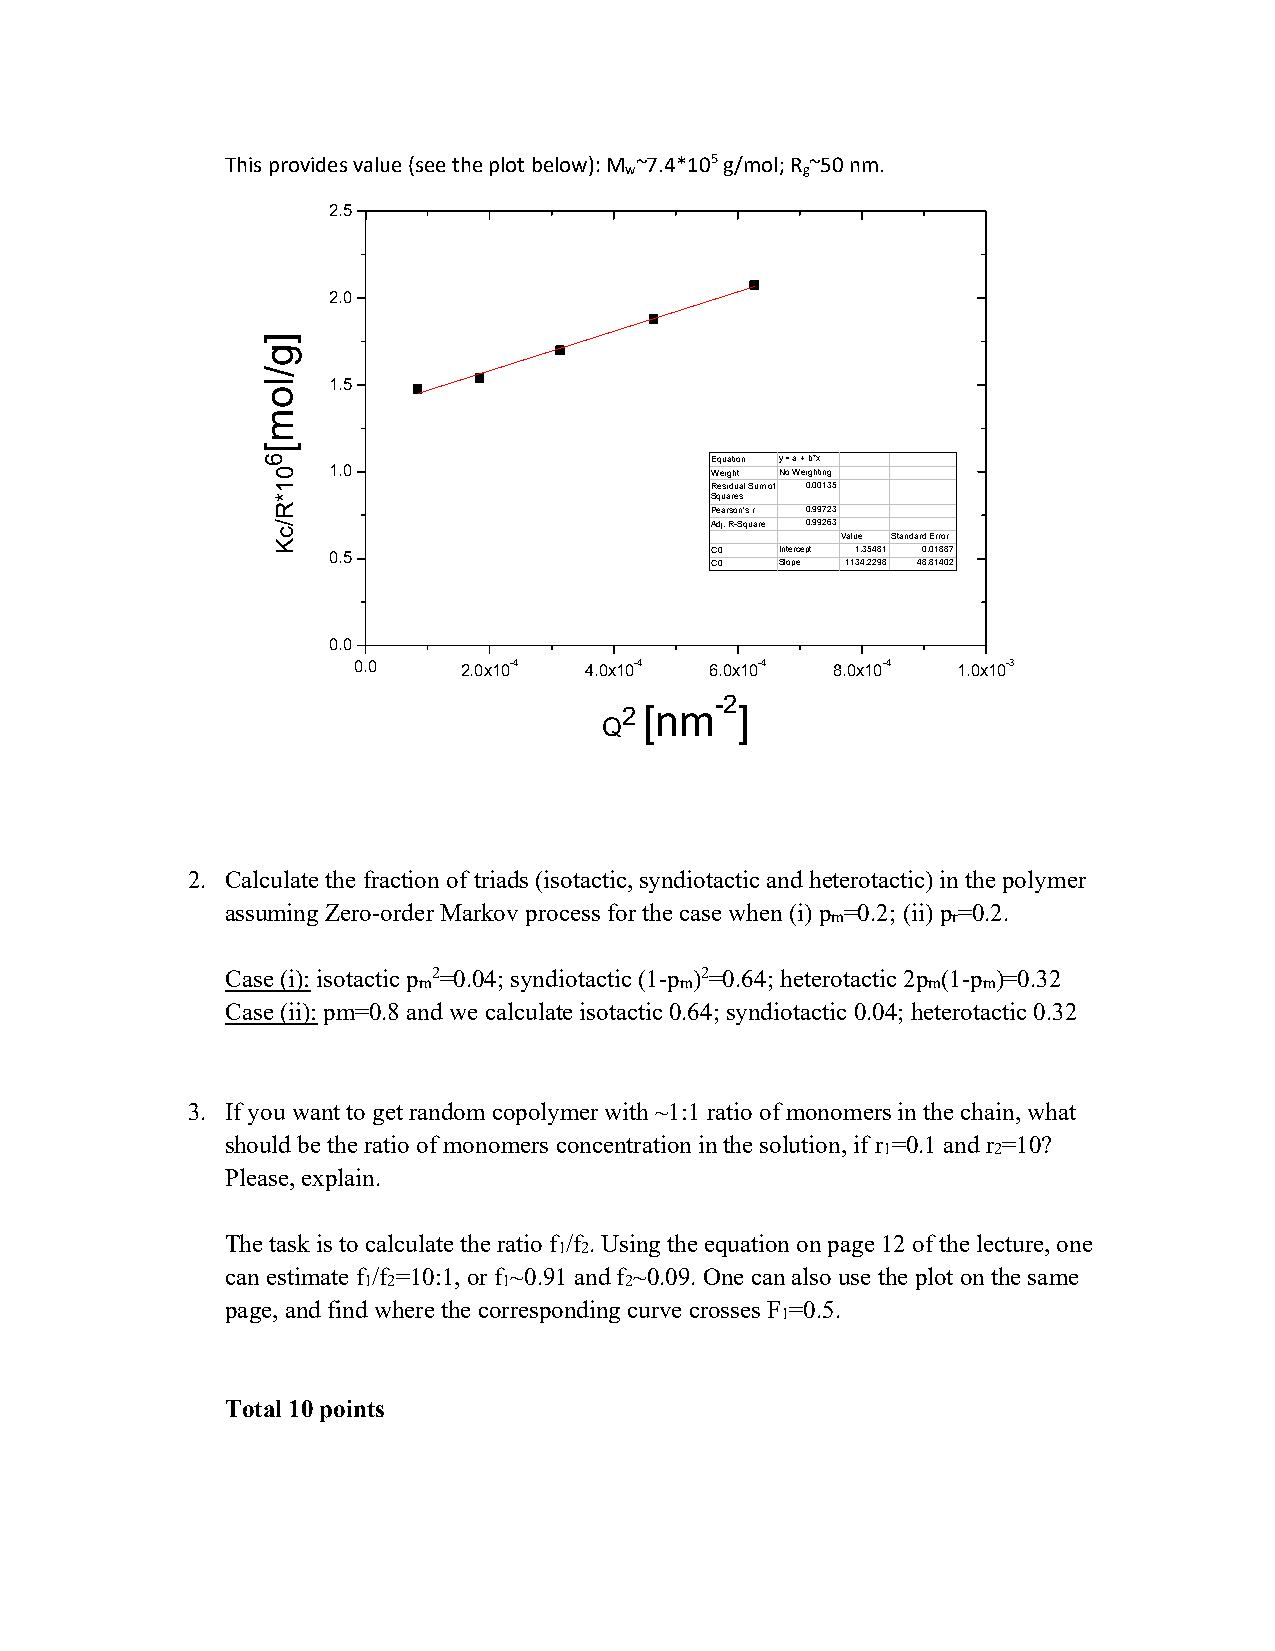
This provides value (see the plot below): M ~7.4*105 g/mol; R ~50 nm.
 w           g
 2.5
 2.0
 1.5
 Equation y = a + b*x
 1.0                      Weight No Weighting
 Residual Sum of 0.00135
 Squares
 Pearson's r 0.99723
 Adj. R-Square 0.99263
 Value Standard Error
 0.5                      C0   Intercept 1.35481 0.01887
 C0   Slope 1134.2298 48.81402
 0.0
 0.0    2.0x10-4 4.0x10-4 6.0x10-4 8.0x10-4 1.0x10-3
 -2
 2 [nm   ]
 Q
 2. Calculate the fraction of triads (isotactic, syndiotactic and heterotactic) in the polymer
 assuming Zero-order Markov process for the case when (i) p =0.2; (ii) p=0.2.
 m       r
 Case (i): isotactic p 2=0.04; syndiotactic (1-p )2=0.64; heterotactic 2p (1-p )=0.32
 m                m               m   m
 Case (ii): pm=0.8 and we calculate isotactic 0.64; syndiotactic 0.04; heterotactic 0.32
 3. If you want to get random copolymer with ~1:1 ratio of monomers in the chain, what
 should be the ratio of monomers concentration in the solution, if r =0.1 and r =10?
 1       2
 Please, explain.
 The task is to calculate the ratio f /f . Using the equation on page 12 of the lecture, one
 1 2
 can estimate f /f =10:1, or f ~0.91 and f ~0.09. One can also use the plot on the same
 1 2      1       2
 page, and find where the corresponding curve crosses F =0.5.
 1
 Total 10 points
 ]g/lom[6
 01*R/cK